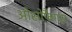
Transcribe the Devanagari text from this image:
ओसोफैगस